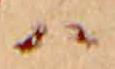
ハ